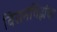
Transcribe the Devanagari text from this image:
विरामचिह्नांचा